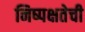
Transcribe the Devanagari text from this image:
निष्‍पक्षतेची